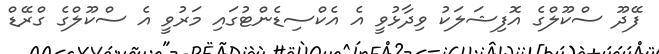
ފޭދޫ ސްކޫލްގެ އޮފިޝަލަކު ވިދާޅުވީ އެ އެކްސިޑެންޓުގައި މަރުވީ އެ ސްކޫލްގެ ގްރޭޑް